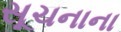
સૂચનાના